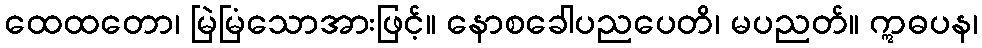
ထေထတော၊ မြဲမြံသောအားဖြင့်။ နောစခေါပညပေတိ၊ မပညတ်။ ဣဓပန၊